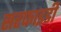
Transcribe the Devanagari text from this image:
सरफाइडी